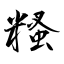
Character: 糔